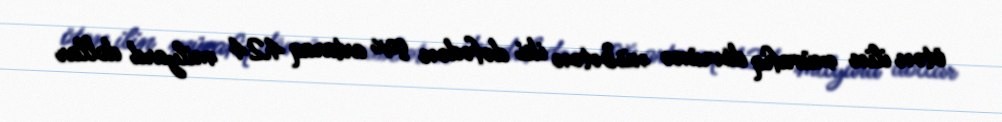
ötən ilin müvafiq dövrünə nisbətən iki dəfədən çox artaraq 424 milyard dollar